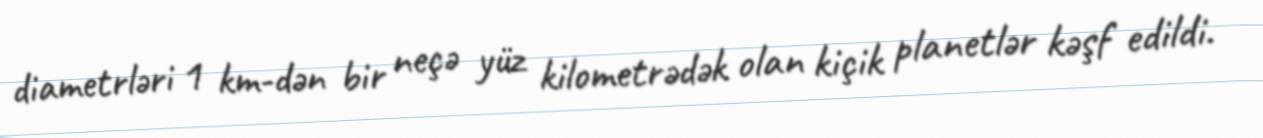
diametrləri 1 km-dən bir neçə yüz kilometrədək olan kiçik planetlər kəşf edildi.